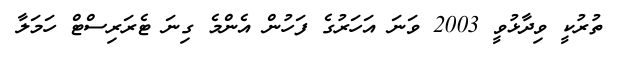
ތުރުކީ ވިދާޅުވީ 2003 ވަނަ އަހަރުގެ ފަހުން އެންމެ ގިނަ ޓެރަރިސްޓް ހަަމަލާ